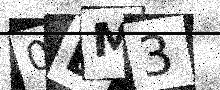
Text: 0LM3